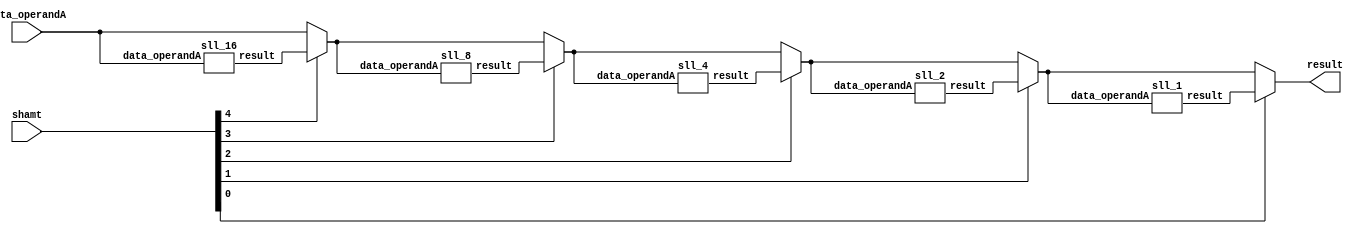
module sll_function(result, data_operandA, shamt);
	input [31:0] data_operandA;
	input [4:0] shamt;
	output [31:0] result;

	wire [31:0] temp0, temp1, temp2, temp3;
	wire [31:0] w1, w2, w4, w8, w16;

	sll_16 shift16(w16, data_operandA);

	assign temp0 = shamt[4] ? w16 : data_operandA;

	sll_8 shift8(w8, temp0);

	assign temp1 = shamt[3] ? w8 : temp0;

	sll_4 shift4(w4, temp1);

	assign temp2 = shamt[2] ? w4 : temp1;

	sll_2 shift2(w2, temp2);

	assign temp3 = shamt[1] ? w2 : temp2;

	sll_1 shift1(w1, temp3);

	assign result = shamt[0] ? w1 : temp3;


endmodule

module sll_16(result, data_operandA);
	input [31:0] data_operandA;
	wire [31:0] temp;
	output [31:0] result;

	assign temp[0] = 0;
	assign temp[1] = 0;
	assign temp[2] = 0;
	assign temp[3] = 0;
	assign temp[4] = 0;
	assign temp[5] = 0;
	assign temp[6] = 0;
	assign temp[7] = 0;
	assign temp[8] = 0;
	assign temp[9] = 0;
	assign temp[10] = 0;
	assign temp[11] = 0;
	assign temp[12] = 0;
	assign temp[13] = 0;
	assign temp[14] = 0;
	assign temp[15] = 0;

	genvar i;
  	generate
    	for (i = 16 ; i < 32; i = i+1)
    	begin : gen_loop
        	assign temp[i] = data_operandA[i-16];
    	end
  	endgenerate


	assign result = temp;


endmodule

module sll_8(result, data_operandA);
	input [31:0] data_operandA;
	wire [31:0] temp;
	output [31:0] result;

	assign temp[0] = 0;
	assign temp[1] = 0;
	assign temp[2] = 0;
	assign temp[3] = 0;
	assign temp[4] = 0;
	assign temp[5] = 0;
	assign temp[6] = 0;
	assign temp[7] = 0;

	genvar i;
  	generate
    	for (i = 8 ; i < 32; i = i+1)
    	begin : gen_loop
        	assign temp[i] = data_operandA[i-8];
    	end
  	endgenerate


	assign result = temp;


endmodule

module sll_4(result, data_operandA);
	input [31:0] data_operandA;
	wire [31:0] temp;
	output [31:0] result;

	assign temp[0] = 0;
	assign temp[1] = 0;
	assign temp[2] = 0;
	assign temp[3] = 0;

	genvar i;
  	generate
    	for (i = 4 ; i < 32; i = i+1)
    	begin : gen_loop
        	assign temp[i] = data_operandA[i-4];
    	end
  	endgenerate


	assign result = temp;



endmodule

module sll_2(result, data_operandA);
	input [31:0] data_operandA;
	wire [31:0] temp;
	output [31:0] result;

	assign temp[0] = 0;
	assign temp[1] = 0;

	genvar i;
  	generate
    	for (i = 2 ; i < 32; i = i+1)
    	begin : gen_loop
        	assign temp[i] = data_operandA[i-2];
    	end
  	endgenerate


	assign result = temp;

endmodule

module sll_1(result, data_operandA);
	input [31:0] data_operandA;
	wire [31:0] temp;
	output [31:0] result;

	assign temp[0] = 0;

	genvar i;
  	generate
    	for (i = 1 ; i < 32; i = i+1)
    	begin : gen_loop
        	assign temp[i] = data_operandA[i-1];
    	end
  	endgenerate


  assign result = temp;


endmodule